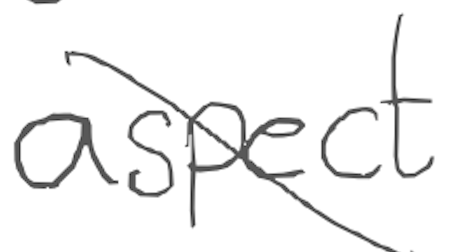
Text: aspect
Cross-out: diagonal
Writing tool: digital_gray